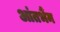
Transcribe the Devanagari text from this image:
आंतभैंम